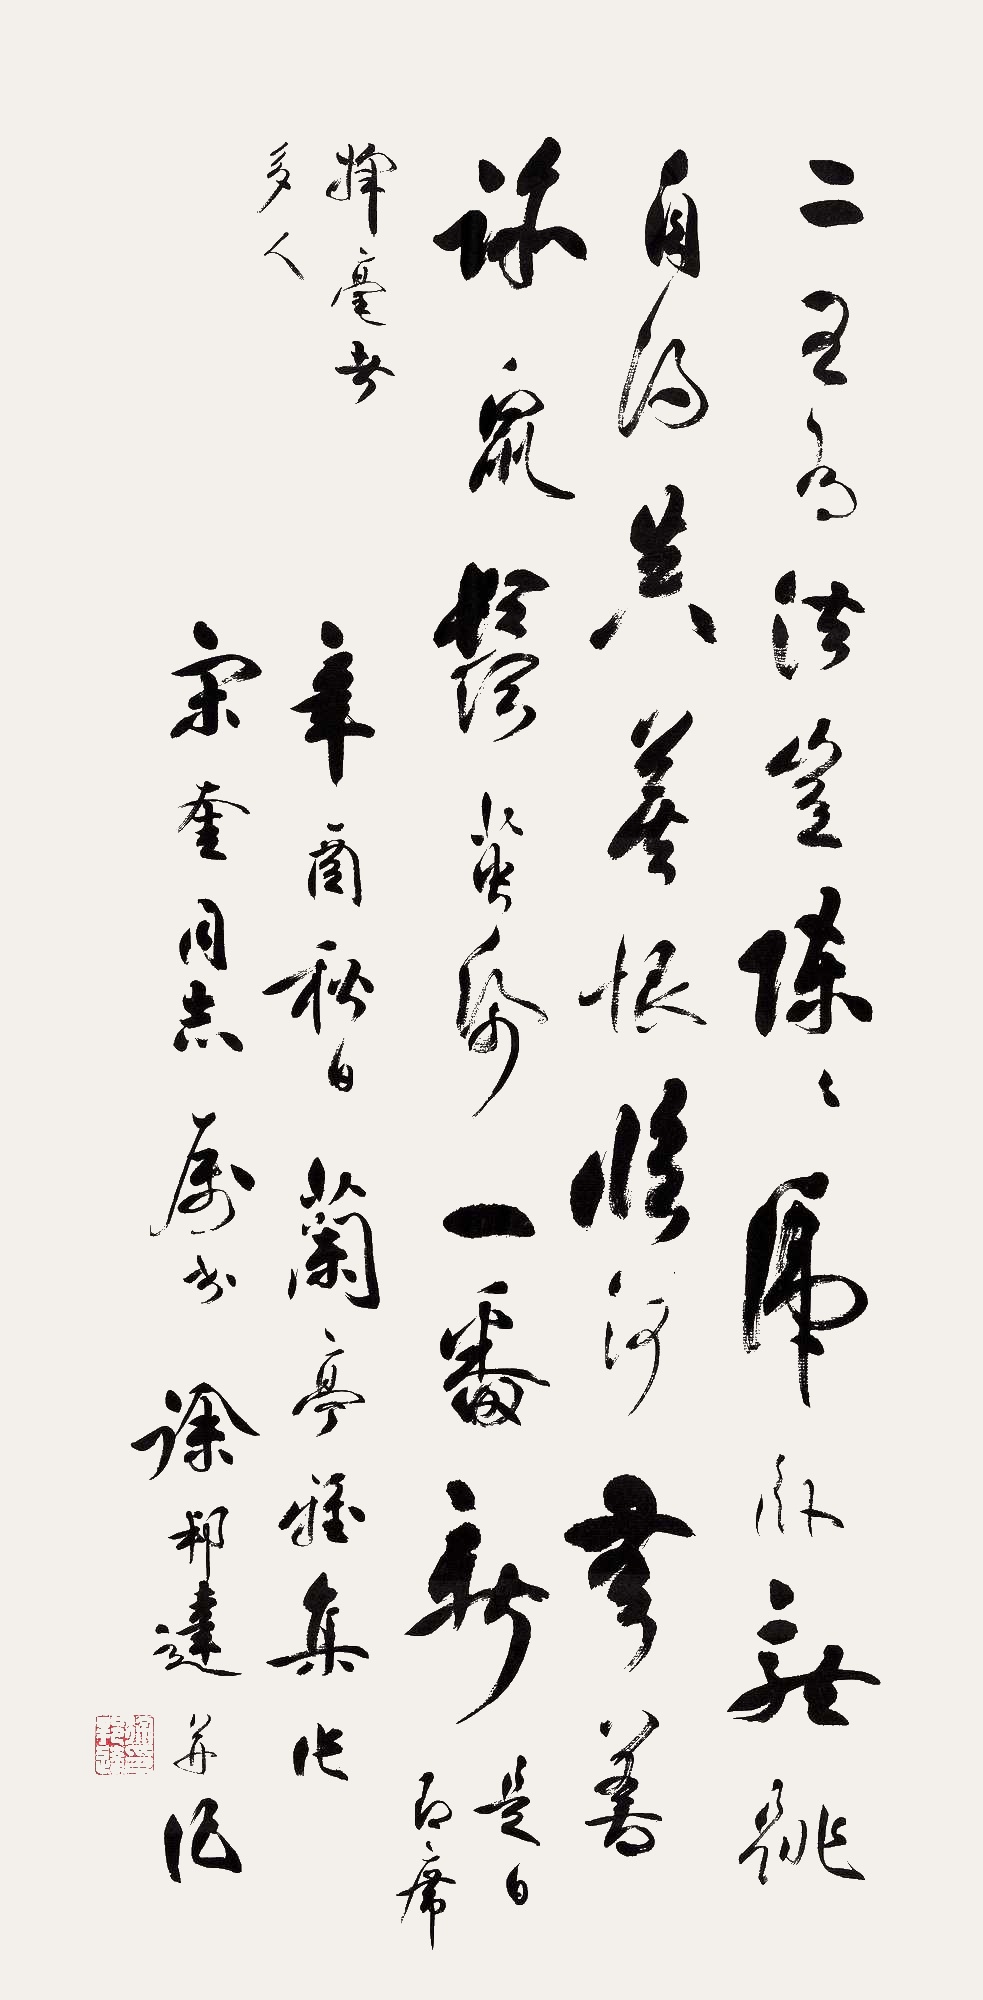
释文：二王有法岂陈陈，虎卧龙跳自得真。莫恨临河无善迹，鼠须茧纸一番新。是日即席挥毫者多人。辛酉秋日，兰亭雅集作。宋奎同志属书，徐邦达并记。